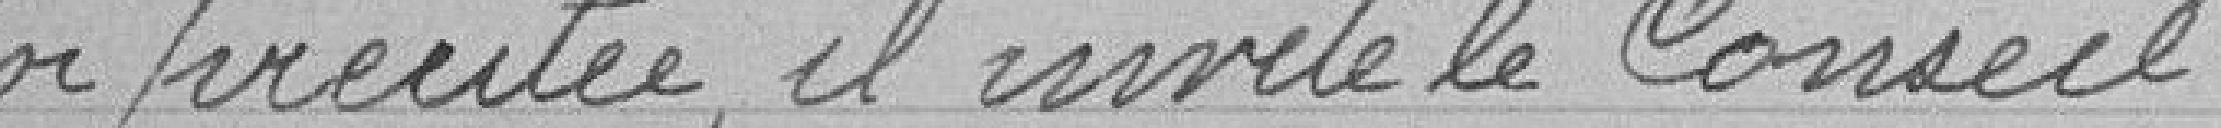
la loi précitée, il invite le Conseil